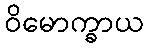
ဝိမောက္ခာယ